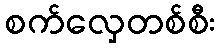
စက်လှေတစ်စီး